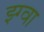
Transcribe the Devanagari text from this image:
झ्ग्वा